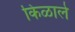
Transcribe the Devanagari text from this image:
किळाले